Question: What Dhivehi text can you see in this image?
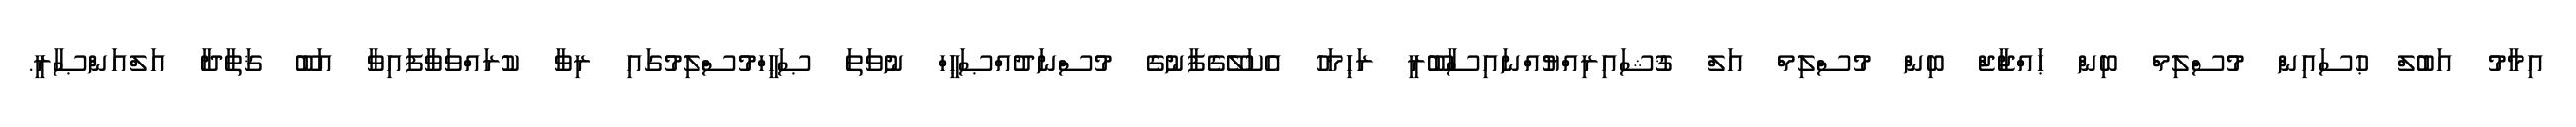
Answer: އިމާމު އަބުލް ޙުސައިން މުސްލިމް ބިން ޙައްޖާޖް ބިން މުސްލިމް އަލް ޤުޝައިރިއްޔުއްނައިސާބޫރީ ރަޙިމަހު އެކަލޭގެފާނުގެ މުސްނަދުއްޞަޙީހް ނުވަތަ ޞަޙީހްމުސްލިމުގައި ރިވާ ކުރައްވަވާފައިވާ އަބޫ ޤަތާދާ އަލްއަންޞާރީ.